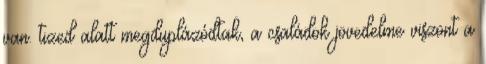
van. tized alatt megduplázódtak, a családok jövedelme viszont a